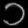
Digit: ၁